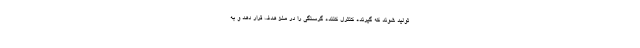
تولید شوند که گیرنده کنترل کننده گرسنگی را در مغز هدف قرار دهد و به